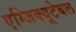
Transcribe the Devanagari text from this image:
एग्जिक्यूटेबल